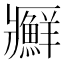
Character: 𰤊